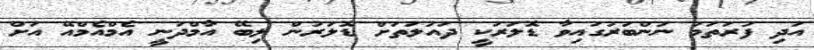
އަދި ފުރަތަމަ ނަންބަރުގައިވާ ޑޮލަރަކީ ދައުލަތަށް ޑޮލަރުން ލިބޭ އާމްދަނީ އެމްއެމްއޭ އަށް